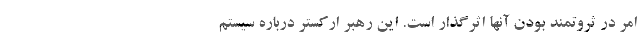
امر در ثروتمند بودن آنها اثرگذار است. این رهبر ارکستر درباره سیستم